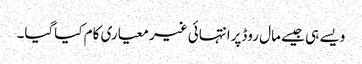
ویسے ہی جیسے مال روڈپرانتہائی غیر معیاری کام کیاگیا۔